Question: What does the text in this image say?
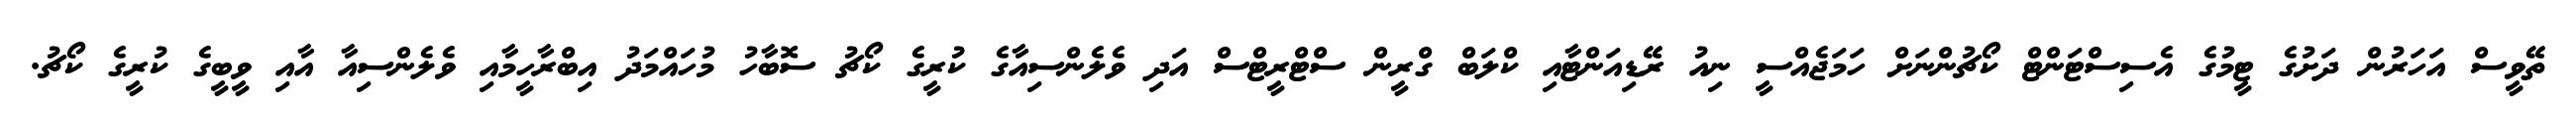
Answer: ތޭވީސް އަހަރުން ދަށުގެ ޓީމުގެ އެސިސްޓަންޓް ކޯޗުންނަށް ހަމަޖެއްސީ ނިއު ރޭޑިއަންޓާއި ކްލަބް ގްރީން ސްޓްރީޓްސް އަދި ވެލެންސިއާގެ ކުރީގެ ކޯޗު ސޮބާހު މުހައްމަދު އިބްރާހީމާއި ވެލެންސިއާ އާއި ވީބީގެ ކުރީގެ ކޯޗު.